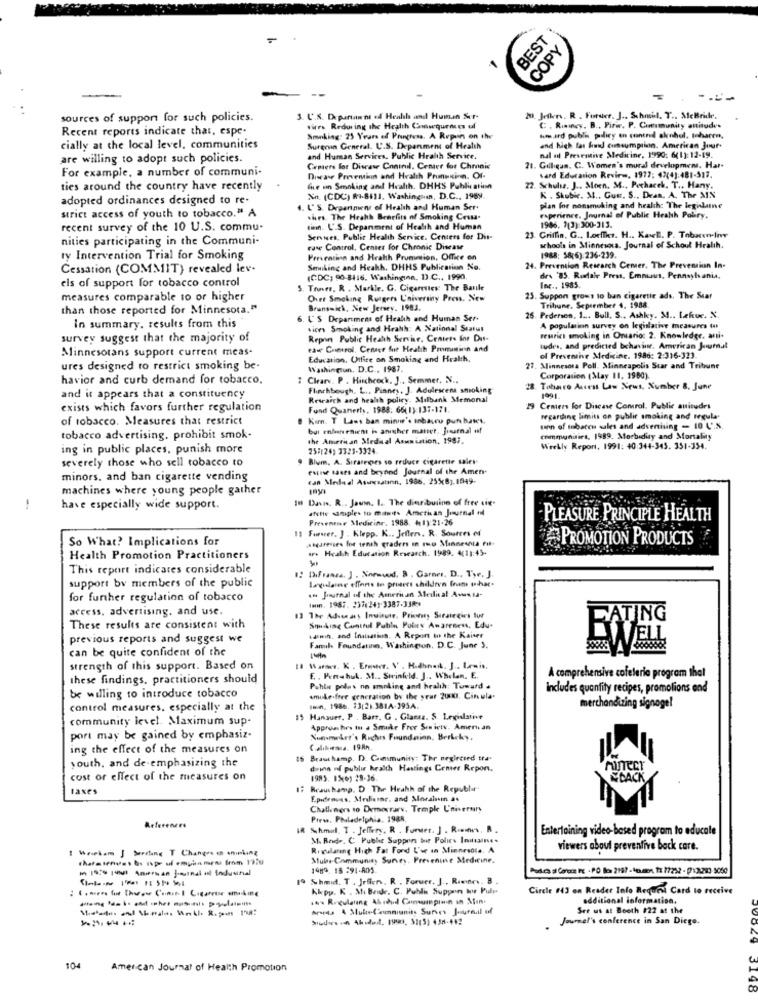
BEST
COPY
sources of support for such policies.
3. U.S. D partan ne of Health and Human Sur-
2. Jethers. R . Forster. J .. Schmi. T .. MeBeide.
Recent reports indicate that, espe.
vires Reduring the Health Conwquences uf
C. Rinney. B ., Pirir. P. Community attitudes
Smoking: 25 Years of Progress. A Repen on the
hard publi policy en contrad akohol. toharen,
cially at the local level, communities
Sureen General. U.S. Department of Health
and high fat had consumption. American Jour-
are willing to adopt such policies.
and Human Services. Public Health Service.
nal al Preventive Medicine, 1990: 6(1):12-19.
For example, a number of communi-
Camers for Disease Conind. Center for Chronic
21. Gilligan. C. Women's moral development. Har-
Durawe Prevention and Health Prunusinn. Of-
tard Education Reviews, 1977: 42(4):481-517.
ties around the country have recently
Che un Smoking and Health. DHHS Publication
22. Schultz. J ., Moen, M ., Pechacek. T ., Hany.
adopted ordinances designed to re-
Xn (CDC) #1-8611, Washingsin, D.C ., 1989.
K. Shubir. M ., Gum, S ., Dean, A, The MIN
strict access of youth to tobacco." A
4. L' S. Department of Health and Human Ser.
plan for nonsmoking and health: The legislane
thurs. The Heahh Benefits of Smoking Cessa-
experience. Journal of Public Hrakh Pobiry.
recent survey of the 10 U.S. commu-
tinn U.S. Department of Health and Human
1986. 7(3):300-313.
nities participating in the Communi-
Sennes, Public Health Service. Centers for Dis-
23. Griffin, G ., Loeither. H .. Kawell. P. Tobarnlive
case Control, Center for Chronic Disease
schools in Minnesota. Journal of Schout Hralıh.
ty Intervention Trial for Smoking
Prevention and Hrakh Prumeion, Office on
1988: 58(6).236-239.
Cessation (COMMIT) revealed lev.
Smiling and Heakh, DHHS Publication No.
24. Prevention Research Cemer, The Prevention In.
(CDC) 90-8416. Washinginn, D.C ., 1990.
de\ '85. Rundale Press, Emmus, Pennsylvania,
els of support for tobacco control
5. Toner, R . Markle. G. Cigarettes The Baule
Inc ., 1985.
measures comparable 10 or higher
Over Smoking Rutgers L'hiveranny Press, New
23. Suppon grows to ban cigaretie ads. The Star
than those reported for Minnesota."
Brunsmich, New Jersey. 1983.
Tribune. September 4, 1988
6. ( S Department of Health and Human Ser-
26. Pedersen, 1 ... Bull, S .. Ashky. M ., Lekue. X
in summary. results from this
sices Smoking and Hrahh: A National Status
A population survey on legislative measures to
survey suggest that the majority of
Repon Public Heath Servise, Centers for Dus-
Feurici smoking in Ontario: 2. Knowledge, anti-
Minnesotans support current meas-
ea Control. Cenaer fie Health Promininn and
tudes, and predicted behavior. American Journal
Education, Office on Smoking and Health,
of Preventhe Medicine. 1986: 2:316-323
ures designed to restrict smoking be-
Washingun. D.C ., 1987.
27. Minnesota Poll. Minneapolis Star and Tribune
havior and curb demand for tobacco.
: Clearv. P . Hischeeck, J ., Semmer, N ..
Corporation (May 11. 1980).
Flinchbough. L ., Pinney, J. Adolescent smoking
28. Tobaco Access Law News, Number 8. June
and it appears that a constituency
Rescaich and health policy. Milbank Memonal
1991.
exists which favors further regulation
Fund Quanerts, 1988: 66( 1):137-171.
29 Centers for Disease Control. Public anitudes
of tobacco. Measures that restrict
Kirn. T Laws ban minne's mnbauru pun bases.
regarding limits on publit smoking and regula
but enlan raient is anischer manet. Journal of
unn of tobacco sales and advertising - 10 L'.S.
tobacco advertising, prohibit smok-
the American Medial Asuniation, 1983.
communities, 1989. Morbidity and Mortality
ing in public places, punish more
257(24) 3323-3324
Weekly Report, 1991: 40:344-345. 351-354.
severely those who sell tobacco to
Blum, A. Sıratropes so reduce cigarette sales-
esine cases and beyond Journal of the Amen.
minors, and ban cigarette vending
can Medaal Asursatınn. 1986, 255(8).1949-
machines where young people gather
10 Davis. R .. Jawin. I. The diaribuiinn of free sie-
1
have especially wide support.
afette samples to mitits Amcthan Journal nd
Presenene Medicine, 1988. 41):21-26
PLEASURE PRINCIPLE HEALTH
11 Farver. J . Klepp. K .. Jeffers. R. Sources of
So What? Implications for
Asgaresses foie tenth graders in mo Minnesota fit
PROMOTION PRODUCTS
ir. Health Education Research. 1989. 4(11:45-
Health Promotion Practitioners
This report indicares considerable
1: D.Franca. J. Naround. 3 . Garner. D ., Tyr. J.
support by members of the public
lagulaine efforts In proters children frans toshare
... Journal of the American Meilital Asus ta-
for further regulation of tobacco
İmin. 1987. 23742413387.338*
access, advertising, and use.
13 The Adsusars Inuisute, Printy Strategies for
FATING
These results are consistent with
Smoking Control Pablo Polis Awareness, Edu.
previous reports and suggest we
talein, and Inalasting. A Report to the Kaiser
Des WELL
can be quite confident of the
Farla Foundatinn, Washington, D.C. June 3.
strength of this support. Based on
these findings, practitioners should
E. Penchul. M .. Sirinkeld. J .. Whelan, E.
A comprehensive cofeleria program that
Puhli polas no smoking and health: Toward .
Includes quantity recipes, promolions and
be willing to introduce tobacco
smule free generation by the year 200. Cinula-
control measures. especially at the
Ion, 1986. 33(21.381A-395A.
merchandizing signogel
community level. Maximum sup-
15 Hanauer, P . Barr. G . Glanz. S Legislative
Approus hrs to . Smoke Free Senictv. Amerian
port may be gained by emphasiz-
Non-meder's Ruches Foundation, Berkcky,
ing the effect of the measures on
Calıbirmia. 19An.
youth, and de-emphasizing the
16 Beauchamp. D. Community: The neglected tra-
drinn nf publi health Hastings Comer Repon.
cost or effect of the measures on
1985. 15(0) 28-36.
EPACK
taxes
12 Reaushamp. D The Health of the Republit
Epidrosas, Meilisinc. and Moralin a.
Challeners to Democrarv, Temple L'niversary
Piew. Philadelphia, 1988,
References
IR %hmul. T . Jeffery. R . Furver, J . Riennes, B.
Entertaining video-based program to educale
M. Rede. C Pubhr Suppon bir Polies Indaine.
Rivularing High Fat Fond L'or In Minnesota, A
viewers aboul preventive bock care.
Mulne-Community Survey, Prevenine Medicine.
1989. 18 291-801
19 Schmid. T . Jefer, R . Foruer. J ., Rennes. B .
Kirpp. K . Mi Bride. C. Publi Suppon tour Puli
Circle #43 on Reader Into Requis Card to receive
... Regulating Abroad Comumpinin in Min.
additional information.
Arvids 4 Mulu-fammiunits Survey Journal of
See us at Booth #22 at the
deson ido4, 199o. Si(5) 458-442
Joumel's conference in San Diego.
104
American Journal of Health Promotion